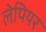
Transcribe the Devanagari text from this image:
लेपियर